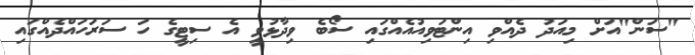
"ސަން"އަށް މިއަދު ދެއްވި އިންޓަވިއުއެއްގައި ސޯބެ ވިދާޅުވީ އެ ސިޓީގެ ހަ ސަރަހައްދެއްގައި